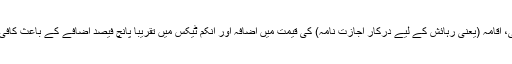
ان میں نوکریوں سے برطرفی، اقامہ (یعنی رہائش کے لیے درکار اجازت نامہ) کی قیمت میں اضافہ اور انکم ٹیکس میں تقریبا پانچ فیصد اضافے کے باعث کافی لوگ وطن واپس آ چکے ہیں۔